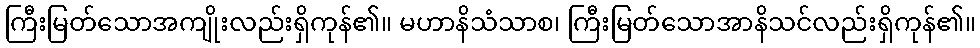
ကြီးမြတ်သောအကျိုးလည်းရှိကုန်၏။ မဟာနိသံသာစ၊ ကြီးမြတ်သောအာနိသင်လည်းရှိကုန်၏။